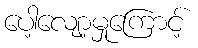
ပေါ့လျော့မှုကြောင့်